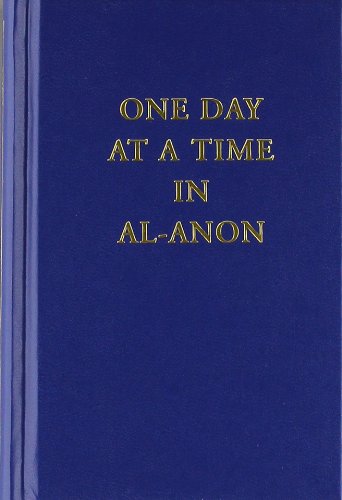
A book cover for One Day at a Time in Al-Anon; Al-Anon Family Group Head Inc; Health, Fitness & Dieting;